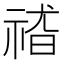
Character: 𱵕